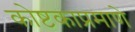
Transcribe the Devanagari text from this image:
कोष्टकाप्रमाणे